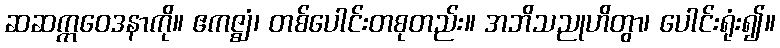
ဆဆက္ကဝေဒနာကို။ ဧကဇ္ဈံ၊ တစ်ပေါင်းတစုတည်း။ အဘိသညုဟိတွာ၊ ပေါင်းရုံး၍။